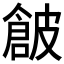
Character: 𱏗